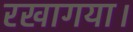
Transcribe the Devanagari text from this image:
रखागया।